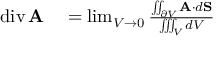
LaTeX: \begin{array} { r l } { \operatorname { d i v } \mathbf { A } } & { { } = \operatorname* { l i m } _ { V \to 0 } { \frac { \iint _ { \partial V } \mathbf { A } \cdot d \mathbf { S } } { \iiint _ { V } d V } } } \end{array}